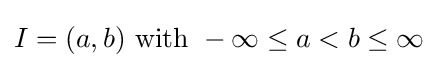
I=(a,b){\text{ with }}-\infty \leq a<b\leq \infty